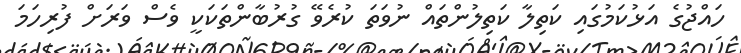
ހައްޖުގެ އަޅުކަމުގައި ކަތިލާ ކަތިލުންތައް ނުވަތަ ކުރެވޭ ގުރުބާންތަކަކީ ވެސް ވަރަށް ފުރިހަމަ